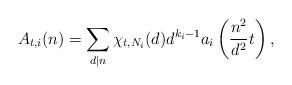
LaTeX: \begin{align*}A_{t,i}(n)=\sum_{d|n}\chi_{t,N_i}(d)d^{k_i-1}a_i\left(\frac{n^2}{d^2}t\right),\end{align*}